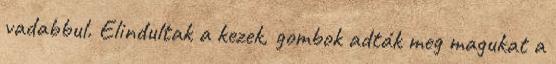
vadabbul. Elindultak a kezek, gombok adták meg magukat a